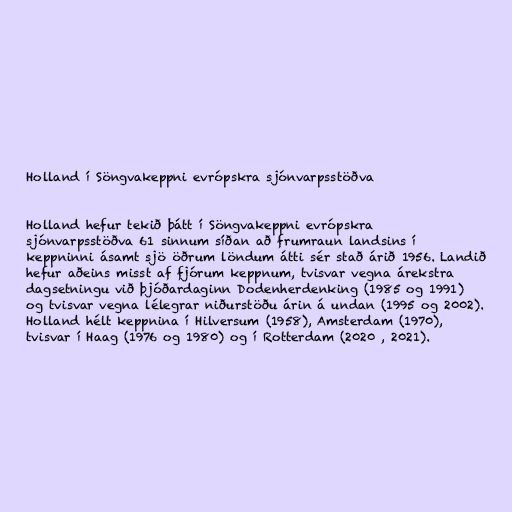
Holland í Söngvakeppni evrópskra sjónvarpsstöðva

Holland hefur tekið þátt í Söngvakeppni evrópskra
sjónvarpsstöðva 61 sinnum síðan að frumraun landsins í
keppninni ásamt sjö öðrum löndum átti sér stað árið 1956. Landið
hefur aðeins misst af fjórum keppnum, tvisvar vegna árekstra
dagsetningu við þjóðardaginn Dodenherdenking (1985 og 1991)
og tvisvar vegna lélegrar niðurstöðu árin á undan (1995 og 2002).
Holland hélt keppnina í Hilversum (1958), Amsterdam (1970),
tvisvar í Haag (1976 og 1980) og í Rotterdam (2020 , 2021).